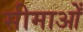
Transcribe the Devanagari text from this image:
सीमाओँ